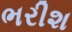
ભરીશ